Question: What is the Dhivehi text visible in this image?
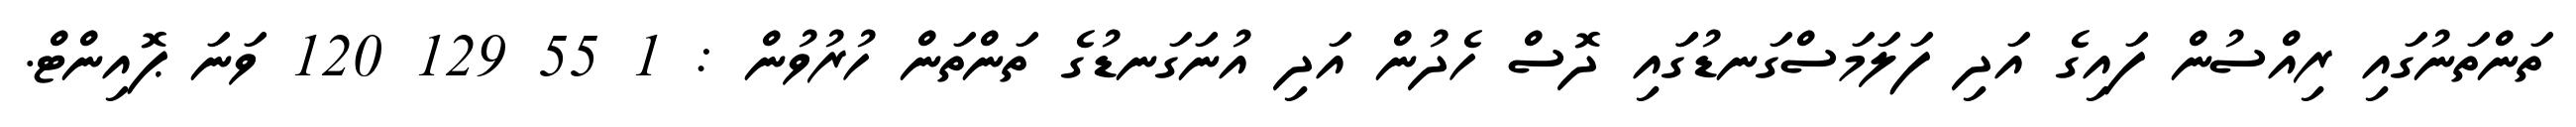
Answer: ތަންތަނުގައި ރިއްސުން ފައިގެ އަދި ފަލަމަސްގަނޑުގަައި ދޮސް ހެދުން އަދި އުނަގަނޑުގެ ތަންތަން ހުރުވުން : 1 55 129 120 ވަނަ ޕޮއިންޓް.